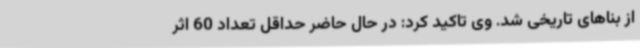
از بناهای تاریخی شد. وی تاکید کرد: در حال حاضر حداقل تعداد 60 اثر